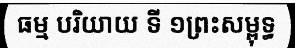
ធម្ម បរិយាយ ទី ១ព្រះសម្ពុទ្ធ